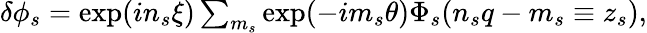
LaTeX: \begin{array}{r}{\delta\phi_{s}=\exp(in_{s}\xi)\sum_{m_{s}}\exp(-im_{s}\theta)\Phi_{s}(n_{s}q-m_{s}\equiv z_{s}),}\end{array}